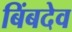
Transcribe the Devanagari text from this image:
बिंबदेव